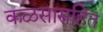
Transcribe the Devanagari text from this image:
कळसासहित